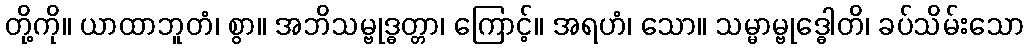
တို့ကို။ ယာထာဘူတံ၊ စွာ။ အဘိသမ္ဗုဒ္ဓတ္တာ၊ ကြောင့်။ အရဟံ၊ သော။ သမ္မာမ္ဗုဒ္ဓေါတိ၊ ခပ်သိမ်းသော